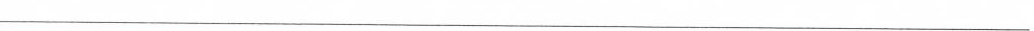
___